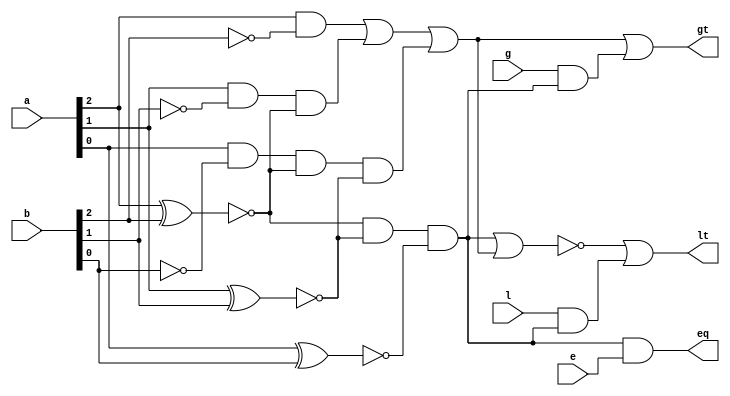
`timescale 1ns / 1ps
//////////////////////////////////////////////////////////////////////////////////
//  
// Made by: Ali Nowrouzi and Ahmad Foroughi 
// 
//////////////////////////////////////////////////////////////////////////////////
module comparator_3_bit(output lt,eq,gt , input [2:0] a,b,input l,e,g
    );
	
	wire c2,c1,c0;
	
	xnor(c2 , a[2],b[2]),
		 (c1 , a[1],b[1]),
		 (c0 , a[0],b[0]);

	
	wire b2_not,b1_not,b0_not;
	not(b2_not,b[2]);
	not(b1_not,b[1]);
	not(b0_not,b[0]);

	wire w2,w1,w0;
	and(w2, a[2],b2_not),
		(w1, a[1],b1_not,c2),
		(w0, a[0],b0_not,c2,c1);
		
	wire g1,e1,l1;
	or(g1 ,w2,w1,w0);
	and(e1 ,c2,c1,c0);
	nor(l1,e1,g1);
	
	
	wire t1,t2;
	and(t1,l,e1);
	and(t2,g,e1);

	
	//or(lt,l1,t1);
	and(eq,e1,e);
	or(gt,g1,t2);
	or(lt,l1,t1);
	

	
endmodule